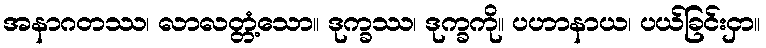
အနာဂတဿ၊ လာလတ္တံ့သော။ ဒုက္ခဿ၊ ဒုက္ခကို။ ပဟာနာယ၊ ပယ်ခြင်းငှာ။